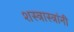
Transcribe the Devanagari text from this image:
शस्त्रास्त्रांनी